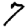
Digit: 7